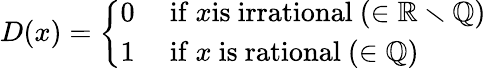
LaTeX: D(x)={\left\{ \begin{array}{ll}{0}&{{\mathrm{~if~}}x{\mathrm{is~irrational~}}(\in\mathbb{R}\smallsetminus\mathbb{Q})}\\ {1}&{{\mathrm{~if~}}x{\mathrm{~is~rational~}}(\in\mathbb{Q})}\end{array}\right.}